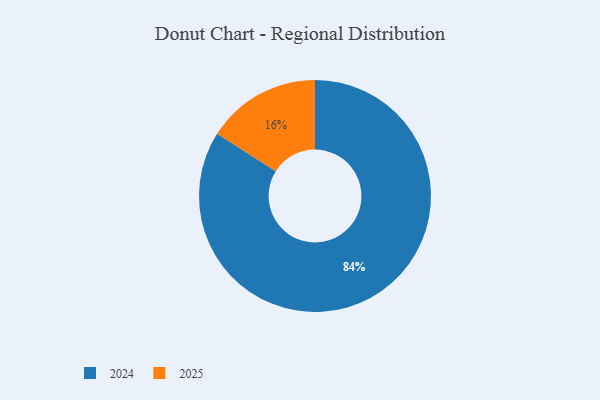
{"axis": {"x": "Category", "y": "Percentage"}, "legend": ["2024", "2025"], "data": [{"x": "2024", "y": 84, "type": "2024"}, {"x": "2025", "y": 16, "type": "2025"}]}